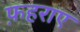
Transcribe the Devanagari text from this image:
फ़हराए